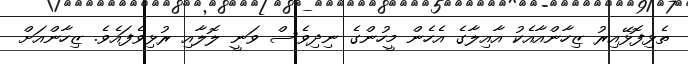
ތެޅިފޮޅޭއިރު ޒިހާންއާއެކު އާއިލާގެ އެހެން މީހުންގެ ނިދިވެސް ވަނީ ލޮލާއި ރުޅިވެފައެވެ. ޒިހާންއަށް